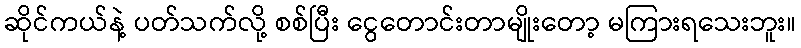
ဆိုင်ကယ်နဲ့ ပတ်သက်လို့ စစ်ပြီး ငွေတောင်းတာမျိုးတော့ မကြားရသေးဘူး။